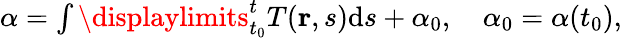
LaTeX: \begin{array}{r}{\alpha=\int\displaylimits_{t_{0}}^{t}T(\mathbf r,s)\textrm{d}s+\alpha_{0},\quad\alpha_{0}=\alpha(t_{0}),}\end{array}